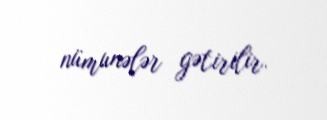
nümunələr gətirilir.